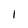
Character: 1